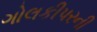
ગોલકીપરની